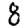
Digit: 8